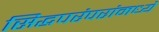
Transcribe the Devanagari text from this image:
सिद्धपरंपरांमध्ये